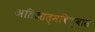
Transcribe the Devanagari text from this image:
अतिआत्मविश्वास